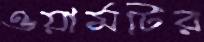
ওয়ার্মটির